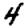
Digit: 4